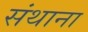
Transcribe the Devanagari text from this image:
संथाना